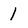
Character: 1